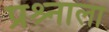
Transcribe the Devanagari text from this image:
प्रश्र्नाला